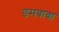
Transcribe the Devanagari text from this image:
डमबाबा